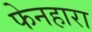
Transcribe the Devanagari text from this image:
फेनहारा